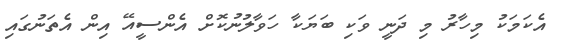
އެކަމަކު މިހާރު މި ދަނީ ވަކި ބަޔަކާ ހަވާލުނުކޮށް އެންސީއޭ އިން އެތަނުގައި